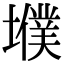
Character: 㙸